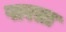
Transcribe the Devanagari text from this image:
पारता